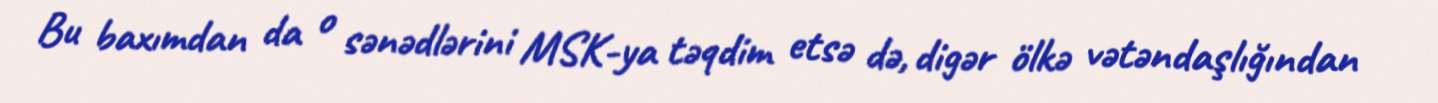
Bu baxımdan da o sənədlərini MSK-ya təqdim etsə də, digər ölkə vətəndaşlığından